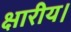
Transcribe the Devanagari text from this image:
क्षारीय।